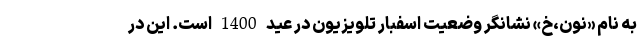
به نام «نون،خ» نشانگر وضعیت اسفبار تلویزیون در عید 1400 است. این در